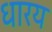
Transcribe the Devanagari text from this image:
धारय